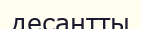
десантты